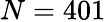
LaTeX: N=401